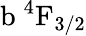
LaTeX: \mathrm{b\ ^{4}F_{3/2}}